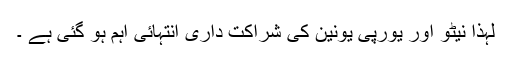
لہٰذا نیٹو اور یورپی یونین کی شراکت داری انتہائی اہم ہو گئی ہے ۔